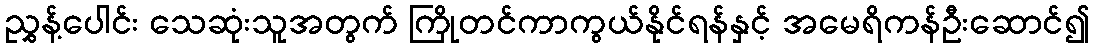
ညွှန့်ပေါင်း သေဆုံးသူအတွက် ကြိုတင်ကာကွယ်နိုင်ရန်နှင့် အမေရိကန်ဦးဆောင်၍